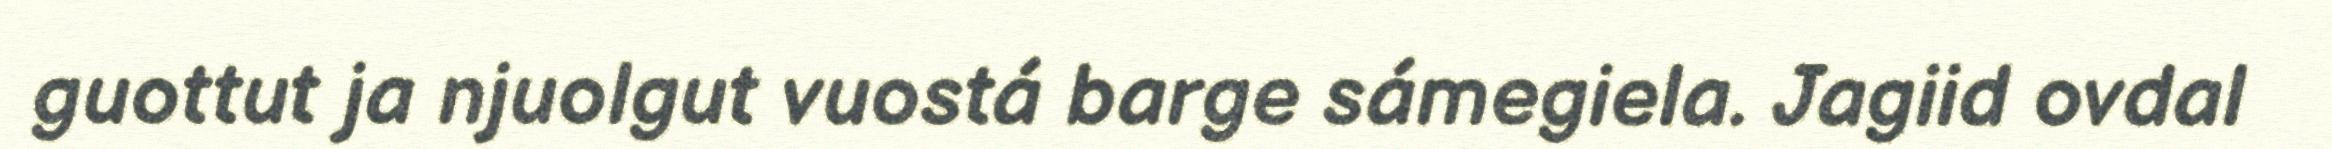
guottut ja njuolgut vuostá barge sámegiela. Jagiid ovdal